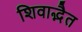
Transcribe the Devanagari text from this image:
शिवाद्भैत